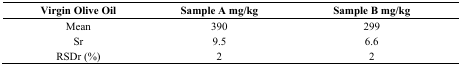
| Virgin Olive Oil | Sample A mg/kg | Sample B mg/kg |
 | --- | --- | --- |
 | Mean | 390 | 299 |
 | Sr | 9.5 | 6.6 |
 | RSDr (%) | 2 | 2 |